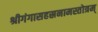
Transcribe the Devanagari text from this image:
श्रीगंगासहस्रनामस्तोत्रम्